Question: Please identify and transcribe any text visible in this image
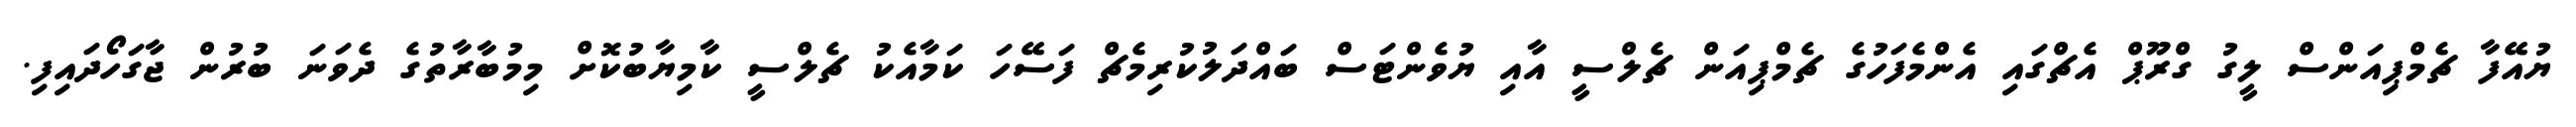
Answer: ޔުއޭފާ ޗެމްޕިއަންސް ލީގު ގްރޫޕް އެޗްގައި އެންމެފަހުގެ ޗެމްޕިއަން ޗެލްސީ އާއި ޔުވެންޓަސް ބައްދަލުކުރިމެޗް ފަސޭހަ ކަމާއެކު ޗެލްސީ ކާމިޔާބުކޮށް މިމުބާރާތުގެ ދެވަނަ ބުރުން ޖާގަހޯދައިފި.